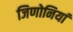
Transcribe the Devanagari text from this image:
जिणोनियां